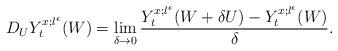
LaTeX: \begin{align*} D_{U}Y_{t}^{x;l^{\epsilon}}(W) = \lim_{\delta\to 0}\frac{Y_{t}^{x;l^{\epsilon}}(W+\delta U)-Y_{t}^{x;l^{\epsilon}}(W)}{\delta}.\end{align*}